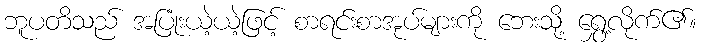
ဘူပတိသည် အပြုံးယဲ့ယဲ့ဖြင့် စာရင်းစာအုပ်များကို ဘေးသို့ ရွှေ့လိုက်၏။